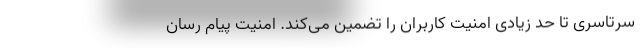
سرتاسری تا حد زیادی امنیت کاربران را تضمین می‌کند. امنیت پیام رسان